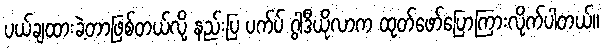
ပယ်ချထားခဲ့တာဖြစ်တယ်လို့ နည်းပြ ပက်ပ် ဂွါဒီယိုလာက ထုတ်ဖော်ပြောကြားလိုက်ပါတယ်။